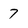
Character: 7